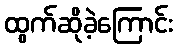
ထွက်ဆိုခဲ့ကြောင်း